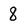
Character: 8